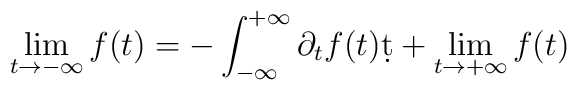
\lim_{t\rightarrow-\infty} f(t) = -\int_{-\infty}^{+\infty}\partial_t f(t) \d t+ \lim_{t\rightarrow+\infty} f(t)